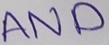
Text: AND